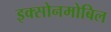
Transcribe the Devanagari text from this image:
इक्सोनमोबिल